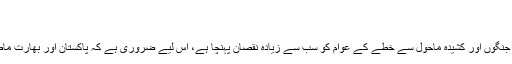
پاک بھارت مذاکرات کا تسلسل ہی مسائل کا حل
جنوری 17, 2012
قانون ساز اس بات پر متفق دیکھائی دیے کہ گزشتہ چھ دہائیوں کے دوران جنگوں اور کشیدہ ماحول سے خطے کے عوام کو سب سے زیادہ نقصان پہنچا ہے، اس لیے ضروری ہے کہ پاکستان اور بھارت ماضی کی پالیسیوں کو پس پشت ڈال کر پائیدار امن کی طرف پیش رفت کریں۔